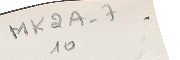
MK2A-7 10